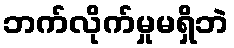
ဘက်လိုက်မှုမရှိဘဲ